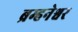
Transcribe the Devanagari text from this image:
ब्रम्हनेश्वर